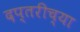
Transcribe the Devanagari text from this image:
दप्तरीच्या